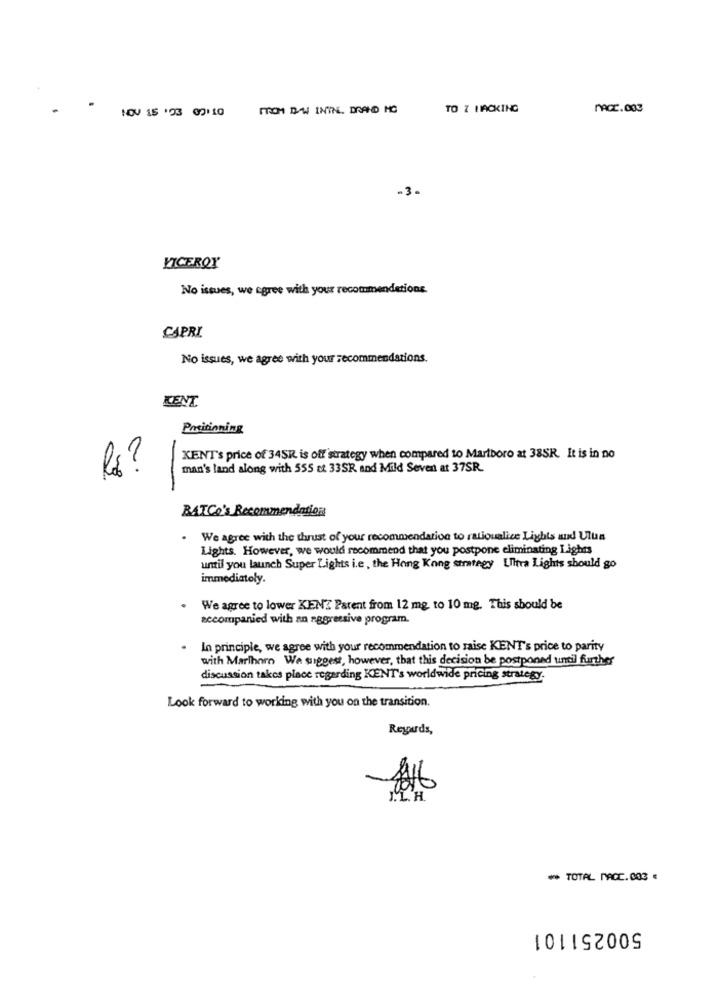
ITCH DAS ININ. DRAND HC
TO Z HACKING
MACC.003
NOV 15 '03 09110
-3.
VICEROY
No issues, we agree with your recommendations.
CAPRI
No issues, we agree with your recommendations.
KENT
Preitinning
-
KENT's price of 34SR is off strategy when compared to Marlboro at 38SR. It is in no
man's land along with 555 at 33SR and Mild Seven at 37SR.
-
BATCo's Recommendation
We agree with the thrust of your recommendation to ratioualice Lights and Ulus
Lights. However, we would recommend that you postpone eliminating Lights
until you launch Super Lights i.e , the Hong Kong strategy Ultra Lights should go
immediately.
We agree to lower KENZ Parent from 12 mg to 10 mg. This should be
accompanied with an aggressive program.
In principle, we agree with your recommendation to raise KENT's price to parity
with Marlhorn We suggest, however, that this decision be postponed until further
discussion takes place regarding KENT's worldwide pricing strategy.
Look forward to working with you on the transition.
Regards,
146
J.L.H.
₩ TOTAL MACC.003
500251101